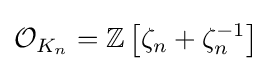
{\mathcal {O}}_{K_{n}}=\mathbb {Z} \left[\zeta _{n}+\zeta _{n}^{-1}\right]